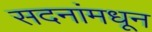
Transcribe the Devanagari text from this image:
सदनांमधून